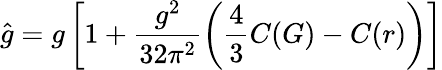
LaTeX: \hat{g}=g\left[1+\frac{g^{2}}{32\pi^{2}}\left(\frac{4}{3}C(G)-C(r)\right)\right]